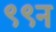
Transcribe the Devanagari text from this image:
९९न